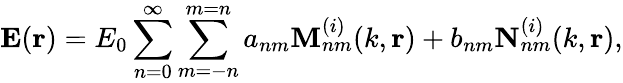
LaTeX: \mathbf{E}(\mathbf{r})=E_{0}\sum_{n=0}^{\infty}\sum_{m=-n}^{m=n}a_{nm}\mathbf{M}_{nm}^{(i)}(k,\mathbf{r})+b_{nm}\mathbf{N}_{nm}^{(i)}(k,\mathbf{r}),